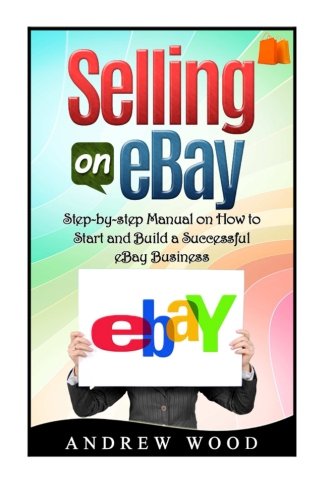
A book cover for Selling on eBay: Step-by-step Manual on How to Start and Build a Successful eBay Business (Selling on ebay, how to sell on ebay, ebay for dummies); Andrew Wood; Computers & Technology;